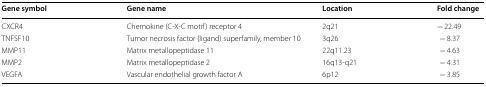
<table><thead><tr><td><b>Gene symbol</b></td><td><b>Gene name</b></td><td><b>Location</b></td><td><b>Fold change</b></td></tr></thead><tbody><tr><td>CXCR4</td><td>Chemokine (C-X-C motif) receptor 4</td><td>2q21</td><td>− 22.49</td></tr><tr><td>TNFSF10</td><td>Tumor necrosis factor (ligand) superfamily, member 10</td><td>3q26</td><td>− 8.37</td></tr><tr><td>MMP11</td><td>Matrix metallopeptidase 11</td><td>22q11.23</td><td>− 4.63</td></tr><tr><td>MMP2</td><td>Matrix metallopeptidase 2</td><td>16q13-q21</td><td>− 4.31</td></tr><tr><td>VEGFA</td><td>Vascular endothelial growth factor A</td><td>6p12</td><td>− 3.85</td></tr></tbody></table>